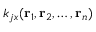
k _ { j x } ( \mathbf { r } _ { 1 } , \mathbf { r } _ { 2 } , \ldots , \mathbf { r } _ { n } )